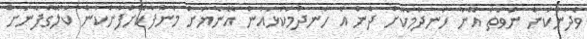
ވެދާނެކަން ނުވަތަ އޭނާ ހަނދުމަކޮށް ދެން އެ ހަނދުމަކުޅައުން އޭނާޔަށް މަންފާކޮށްފާނެކަން ކަލޭގެފާނަށް